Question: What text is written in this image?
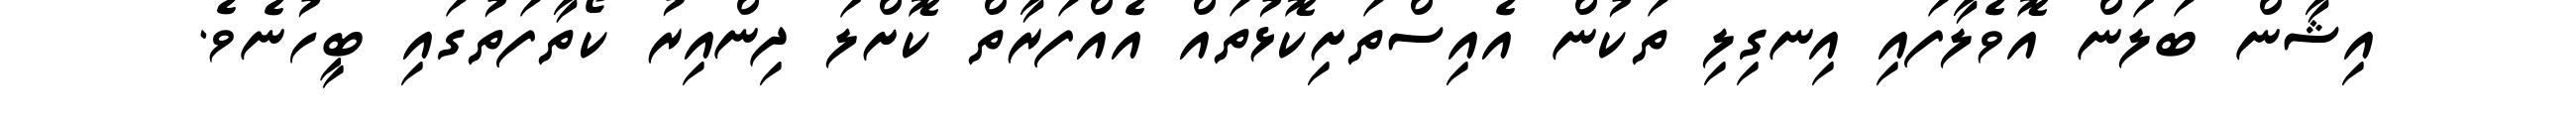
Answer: އިޝާން ބަލަން އޮވެލާފައި އިނގިލި ތަކުން އެއިސްތަށިކޮޅުތައް އެއްފަރާތް ކޮށްލަ ދިންއިރު ކޯތާފަތުގައި ބީހުނެވެ.